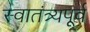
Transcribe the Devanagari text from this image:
स्वातंत्र्यपूूर्व